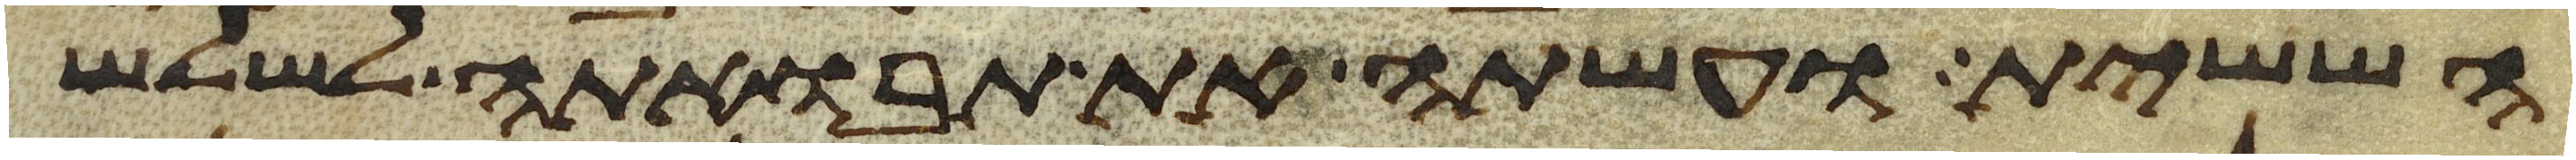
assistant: הששית ועשתה את תבואתה לשלש